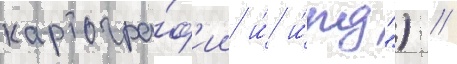
картогра́ф'ии и́ и́пд") //